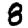
Digit: 8